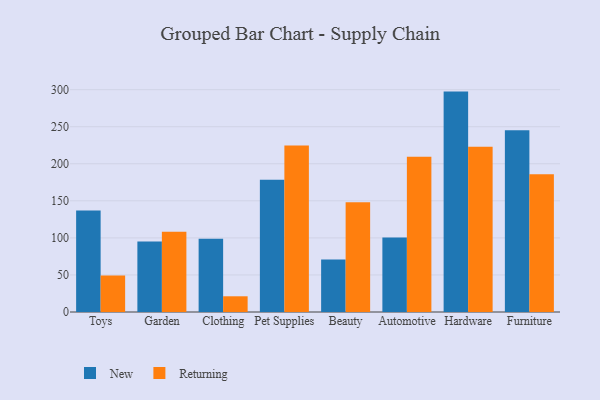
{"axis": {"x": "Category", "y": "Backlog"}, "legend": ["New", "Returning"], "data": [{"x": "Toys", "y": 136.9, "type": "New"}, {"x": "Toys", "y": 49.2, "type": "Returning"}, {"x": "Garden", "y": 95.1, "type": "New"}, {"x": "Garden", "y": 108.2, "type": "Returning"}, {"x": "Clothing", "y": 98.8, "type": "New"}, {"x": "Clothing", "y": 21.2, "type": "Returning"}, {"x": "Pet Supplies", "y": 178.6, "type": "New"}, {"x": "Pet Supplies", "y": 224.7, "type": "Returning"}, {"x": "Beauty", "y": 70.8, "type": "New"}, {"x": "Beauty", "y": 148.0, "type": "Returning"}, {"x": "Automotive", "y": 100.4, "type": "New"}, {"x": "Automotive", "y": 209.6, "type": "Returning"}, {"x": "Hardware", "y": 297.4, "type": "New"}, {"x": "Hardware", "y": 223.0, "type": "Returning"}, {"x": "Furniture", "y": 245.4, "type": "New"}, {"x": "Furniture", "y": 185.9, "type": "Returning"}]}